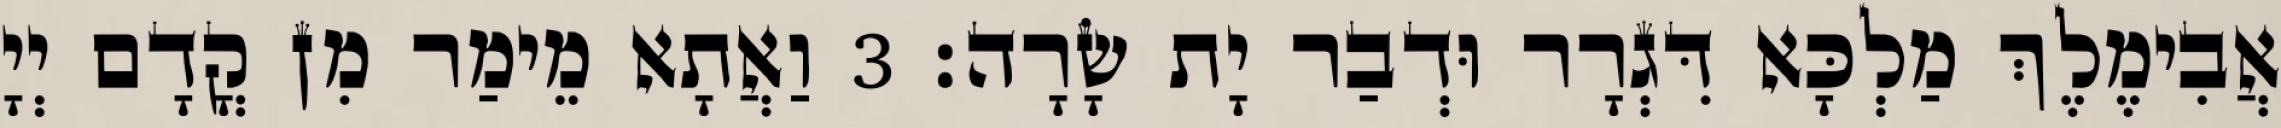
אֲבִימֶלֶךְ מַלְכָּא דִּגְרָר וּדְבַר יָת שָׂרָה׃ 3 וַאֲתָא מֵימַר מִן קֳדָם יְיָ